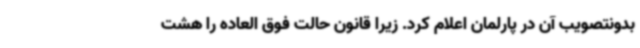
بدونتصویب آن در پارلمان اعلام کرد. زیرا قانون حالت فوق العاده را هشت